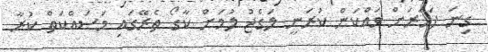
ގިނަ ފަހަރަށް ވައްކަން ކުރަނީ ލަގެޖު ލުމަށް ކާގޯ ތެރޭގައި މަސައްކަތް ކުރާ